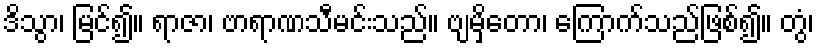
ဒိသွာ၊ မြင်၍။ ရာဇာ၊ ဗာရာဏသီမင်းသည်။ ဗျမှိတော၊ ကြောက်သည်ဖြစ်၍။ တွံ၊